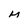
Character: M